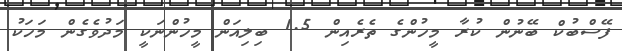
ފޭސްބުކް ބޭނުން ކުރާ މީހުންގެ ތެރެއިން 1.5 ބިލިއަން މީހުންނަކީ މަދުވެގެން މަހަކު